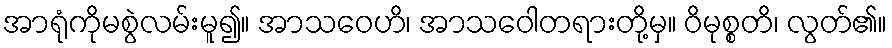
အာရုံကိုမစွဲလမ်းမူ၍။ အာသဝေဟိ၊ အာသဝေါတရားတို့မှ။ ဝိမုစ္စတိ၊ လွတ်၏။